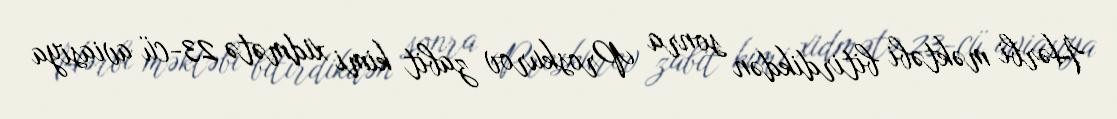
Hərbi məktəbi bitirdikdən sonra Proskurov zabit kimi xidmətə 23-cü aviasiya